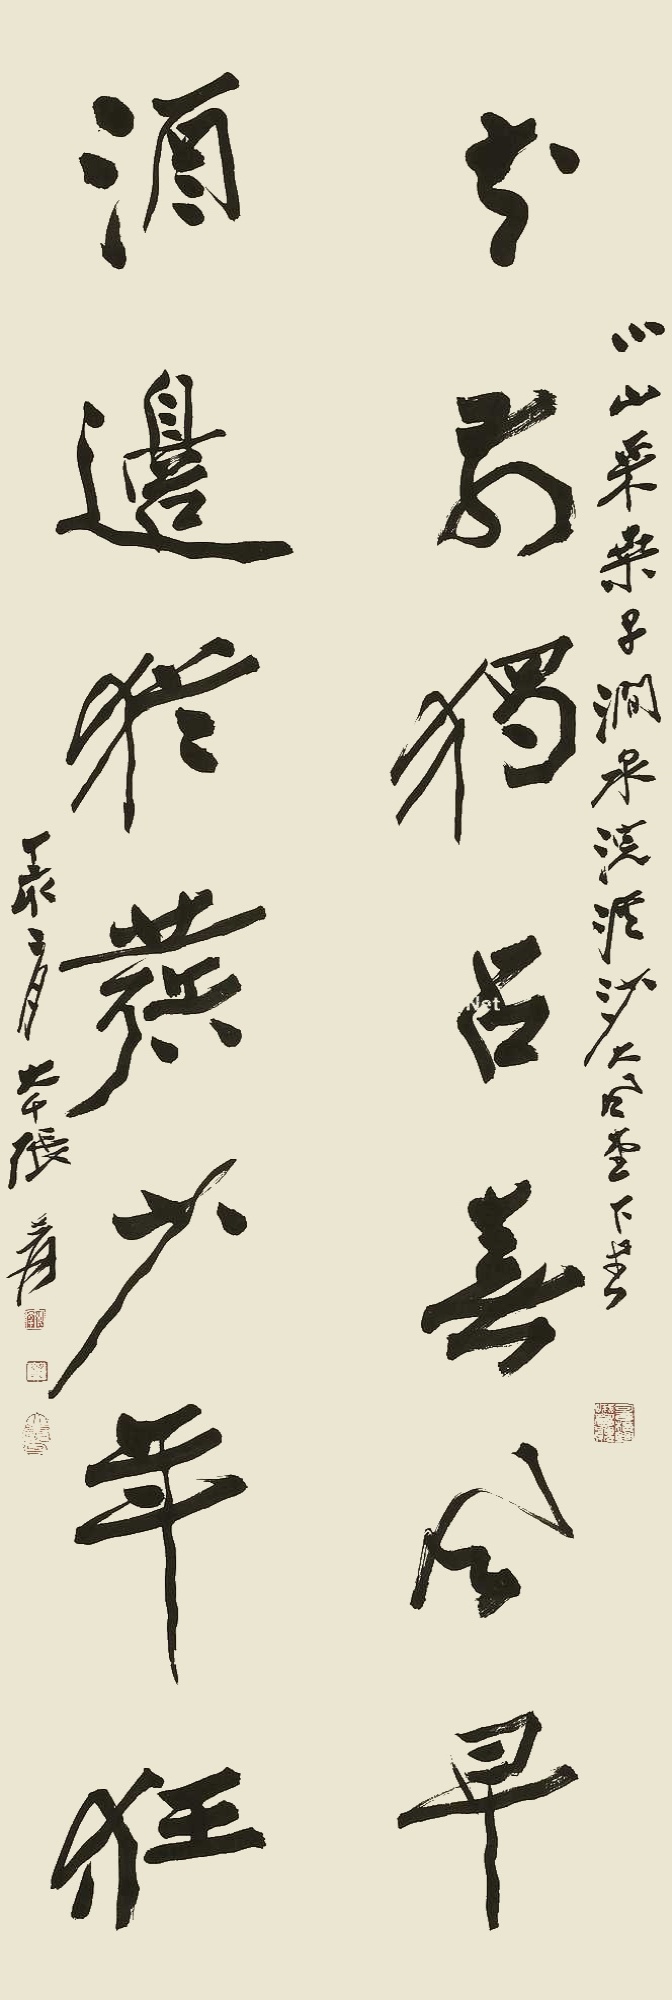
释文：花前独占春风早，酒边犹发少年狂。小山采桑子，涧泉浣溪沙。大风堂下书。丁亥二月，大千张爰。